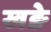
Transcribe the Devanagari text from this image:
खङे